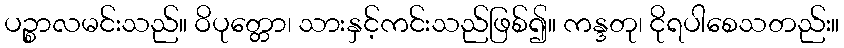
ပဉ္စာလမင်းသည်။ ဝိပုတ္တော၊ သားနှင့်ကင်းသည်ဖြစ်၍။ ကန္ဒတု၊ ငိုရပါစေသတည်း။